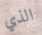
الذي